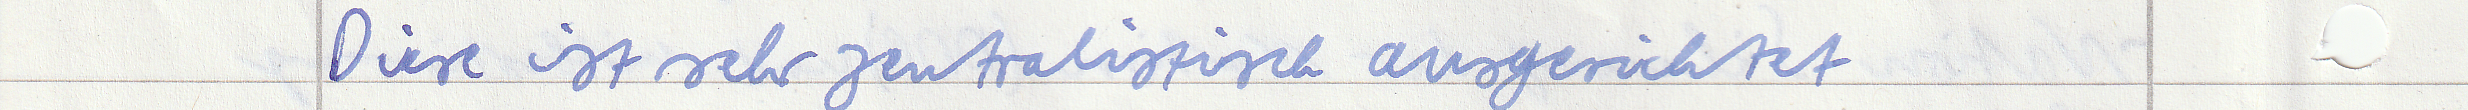
Diese ist sehr zentralistisch ausgerichtet